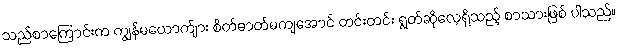
သည်စာကြောင်းက ကျွန်မယောက်ျား စိတ်ဓာတ်မကျအောင် တင်းတင်း ရွတ်ဆိုလေ့ရှိသည့် စာသားဖြစ် ပါသည်။